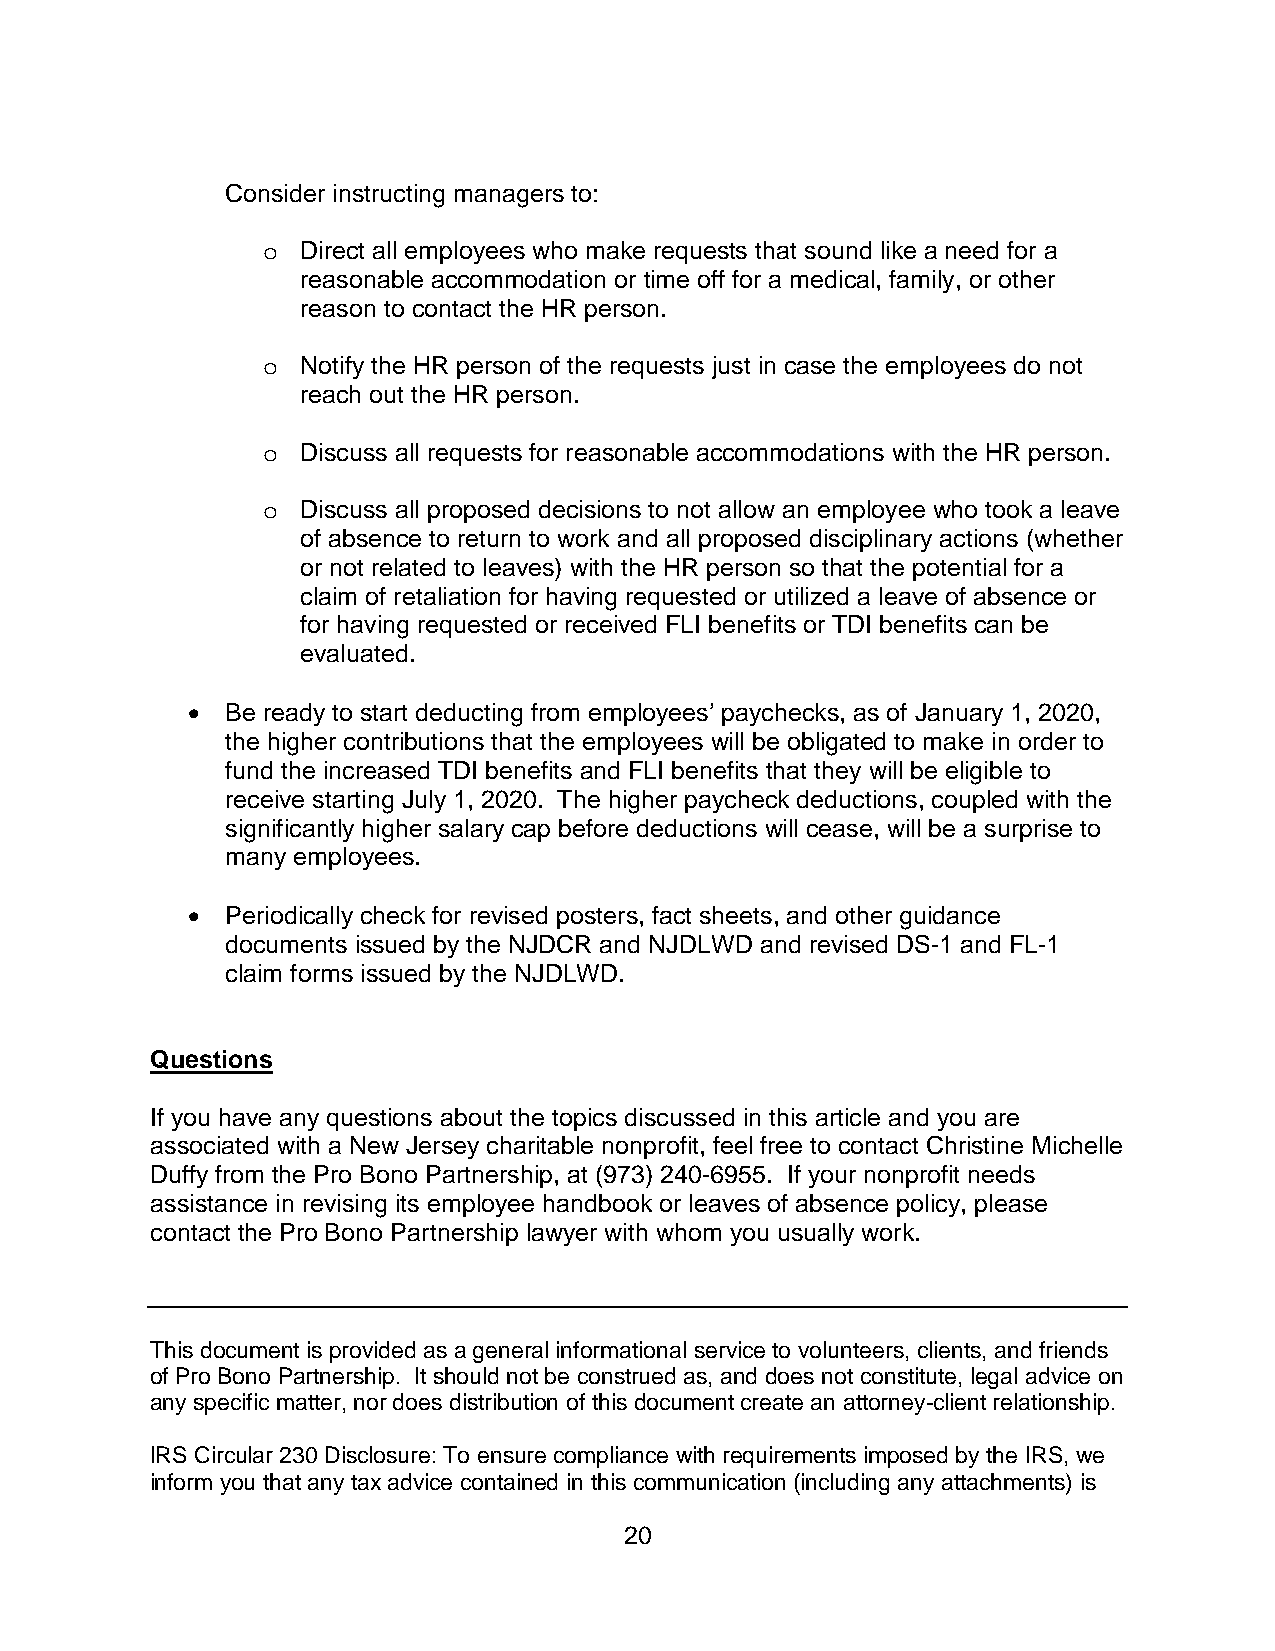
Consider instructing managers to:
 Direct all employees who make requests that sound like a need for a
 o
 reasonable accommodation or time off for a medical, family, or other
 reason to contact the HR person.
 Notify the HR person of the requests just in case the employees do not
 o
 reach out the HR person.
 Discuss all requests for reasonable accommodations with the HR person.
 o
 Discuss all proposed decisions to not allow an employee who took a leave
 o
 of absence to return to work and all proposed disciplinary actions (whether
 or not related to leaves) with the HR person so that the potential for a
 claim of retaliation for having requested or utilized a leave of absence or
 for having requested or received FLI benefits or TDI benefits can be
 evaluated.
 •  Be ready to start deducting from employees’ paychecks, as of January 1, 2020,
 the higher contributions that the employees will be obligated to make in order to
 fund the increased TDI benefits and FLI benefits that they will be eligible to
 receive starting July 1, 2020. The higher paycheck deductions, coupled with the
 significantly higher salary cap before deductions will cease, will be a surprise to
 many employees.
 •  Periodically check for revised posters, fact sheets, and other guidance
 documents issued by the NJDCR and NJDLWD and revised DS-1 and FL-1
 claim forms issued by the NJDLWD.
 Questions
 If you have any questions about the topics discussed in this article and you are
 associated with a New Jersey charitable nonprofit, feel free to contact Christine Michelle
 Duffy from the Pro Bono Partnership, at (973) 240-6955. If your nonprofit needs
 assistance in revising its employee handbook or leaves of absence policy, please
 contact the Pro Bono Partnership lawyer with whom you usually work.
 This document is provided as a general informational service to volunteers, clients, and friends
 of Pro Bono Partnership. It should not be construed as, and does not constitute, legal advice on
 any specific matter, nor does distribution of this document create an attorney-client relationship.
 IRS Circular 230 Disclosure: To ensure compliance with requirements imposed by the IRS, we
 inform you that any tax advice contained in this communication (including any attachments) is
 20